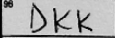
Transcription: DKK